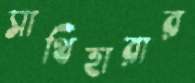
সাথিহারার